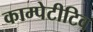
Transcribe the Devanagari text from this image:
काम्पेटीटिव